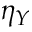
\eta _ { Y }